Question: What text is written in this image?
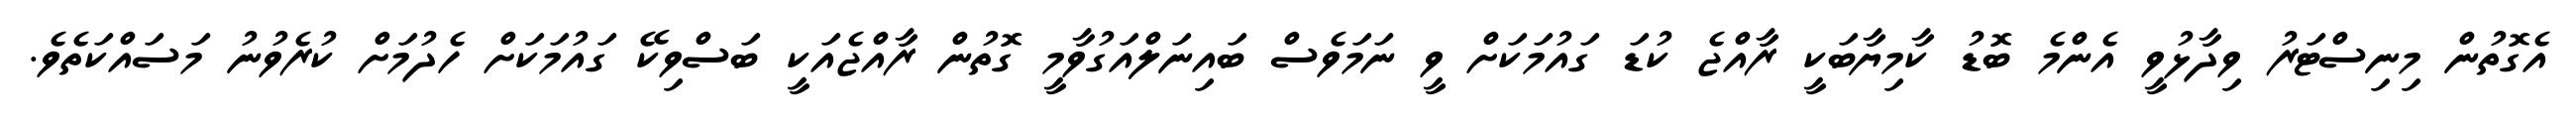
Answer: އެގޮތުން މިނިސްޓަރު ވިދާޅުވީ އެންމެ ބޮޑު ކާމިޔާބަކީ ރާއްޖެ ކުޑަ ގައުމަކަށް ވީ ނަމަވެސް ބައިނަލްއަގުވާމީ ގޮތުން ރާއްޖެއަކީ ބަސްވިކޭ ގައުމަކަށް ހެދުމަށް ކުރެވުނު މަސައްކަތެވެ.